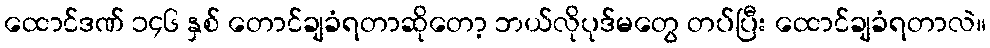
ထောင်ဒဏ် ၁၄၆ နှစ် တောင်ချခံရတာဆိုတော့ ဘယ်လိုပုဒ်မတွေ တပ်ပြီး ထောင်ချခံရတာလဲ။